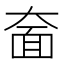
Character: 奤